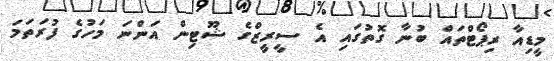
މީޑިއާ ރިޕޯޓްތައް ބުނާ ގޮތުގައި އެ ސީރީޒްގެ ޝޫޓިން އަންނަ މަހުގެ ފުރަތަމަ